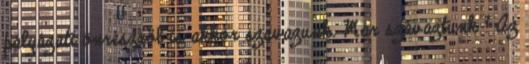
pályázati önrészről is akkor szavazunk. Már szavaztunk ? Az